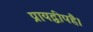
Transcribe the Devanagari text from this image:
प्रायद्वीपहै।